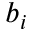
b _ { i }